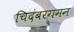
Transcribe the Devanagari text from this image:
चिदंबरगमन